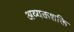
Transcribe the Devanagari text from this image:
अव्यक्तशक्ति